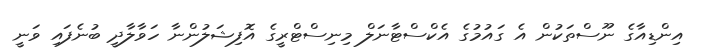
އިންޑިއާގެ ނޫސްތަކުން އެ ގައުމުގެ އެކްސްޓާނަލް މިނިސްޓްރީގެ އޮފިޝަލުންނާ ހަވާލާދީ ބުނެފައި ވަނީ